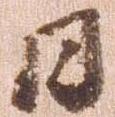
日